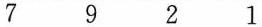
7 9 2 1